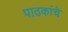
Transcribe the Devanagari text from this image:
पाठकांचे